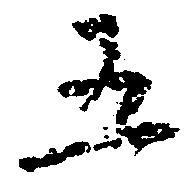
五